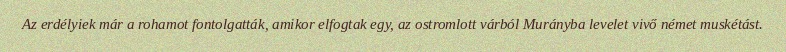
Az erdélyiek már a rohamot fontolgatták, amikor elfogtak egy, az ostromlott várból Murányba levelet vivő német muskétást.